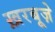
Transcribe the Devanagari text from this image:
ख़रबूज़े